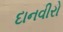
દાનવીરો